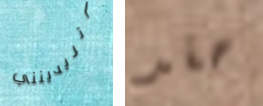
أتريدينني حقد